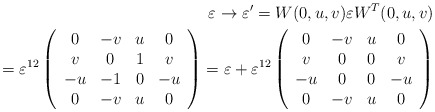
\begin{align*}\varepsilon \rightarrow \varepsilon^{\prime} = W(0, u, v) \varepsilon W^T (0, u, v) \\= \varepsilon^{12}\left( \begin{array}{cccc}0 & -v & u & 0 \\v & 0 & 1 & v \\-u & -1 & 0 & -u \\0 & -v & u & 0 \end{array} \right) = \varepsilon + \varepsilon^{12}\left( \begin{array}{cccc}0 & -v & u & 0 \\v & 0& 0 & v \\-u & 0 & 0 & -u \\0 & -v & u & 0\end{array} \right)\end{align*}